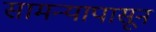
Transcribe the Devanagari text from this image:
सामन्यापासून